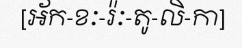
[អ័ក-ខៈ-រ៉ៈ-តូ-លិ-កា]